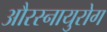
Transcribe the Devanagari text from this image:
औरस्नायुरोग